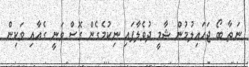
ނަތާ ބޯ ޖަހައިލުމުން ޝާމީ ދުވެލާފައި ނިކުމެގެން ގޮސް ވަނީ ގެއާއި ވަކިން